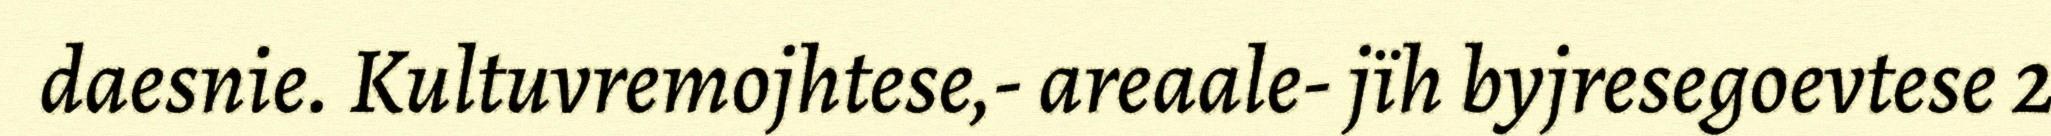
daesnie. Kultuvremojhtese,- areaale- jïh byjresegoevtese 2